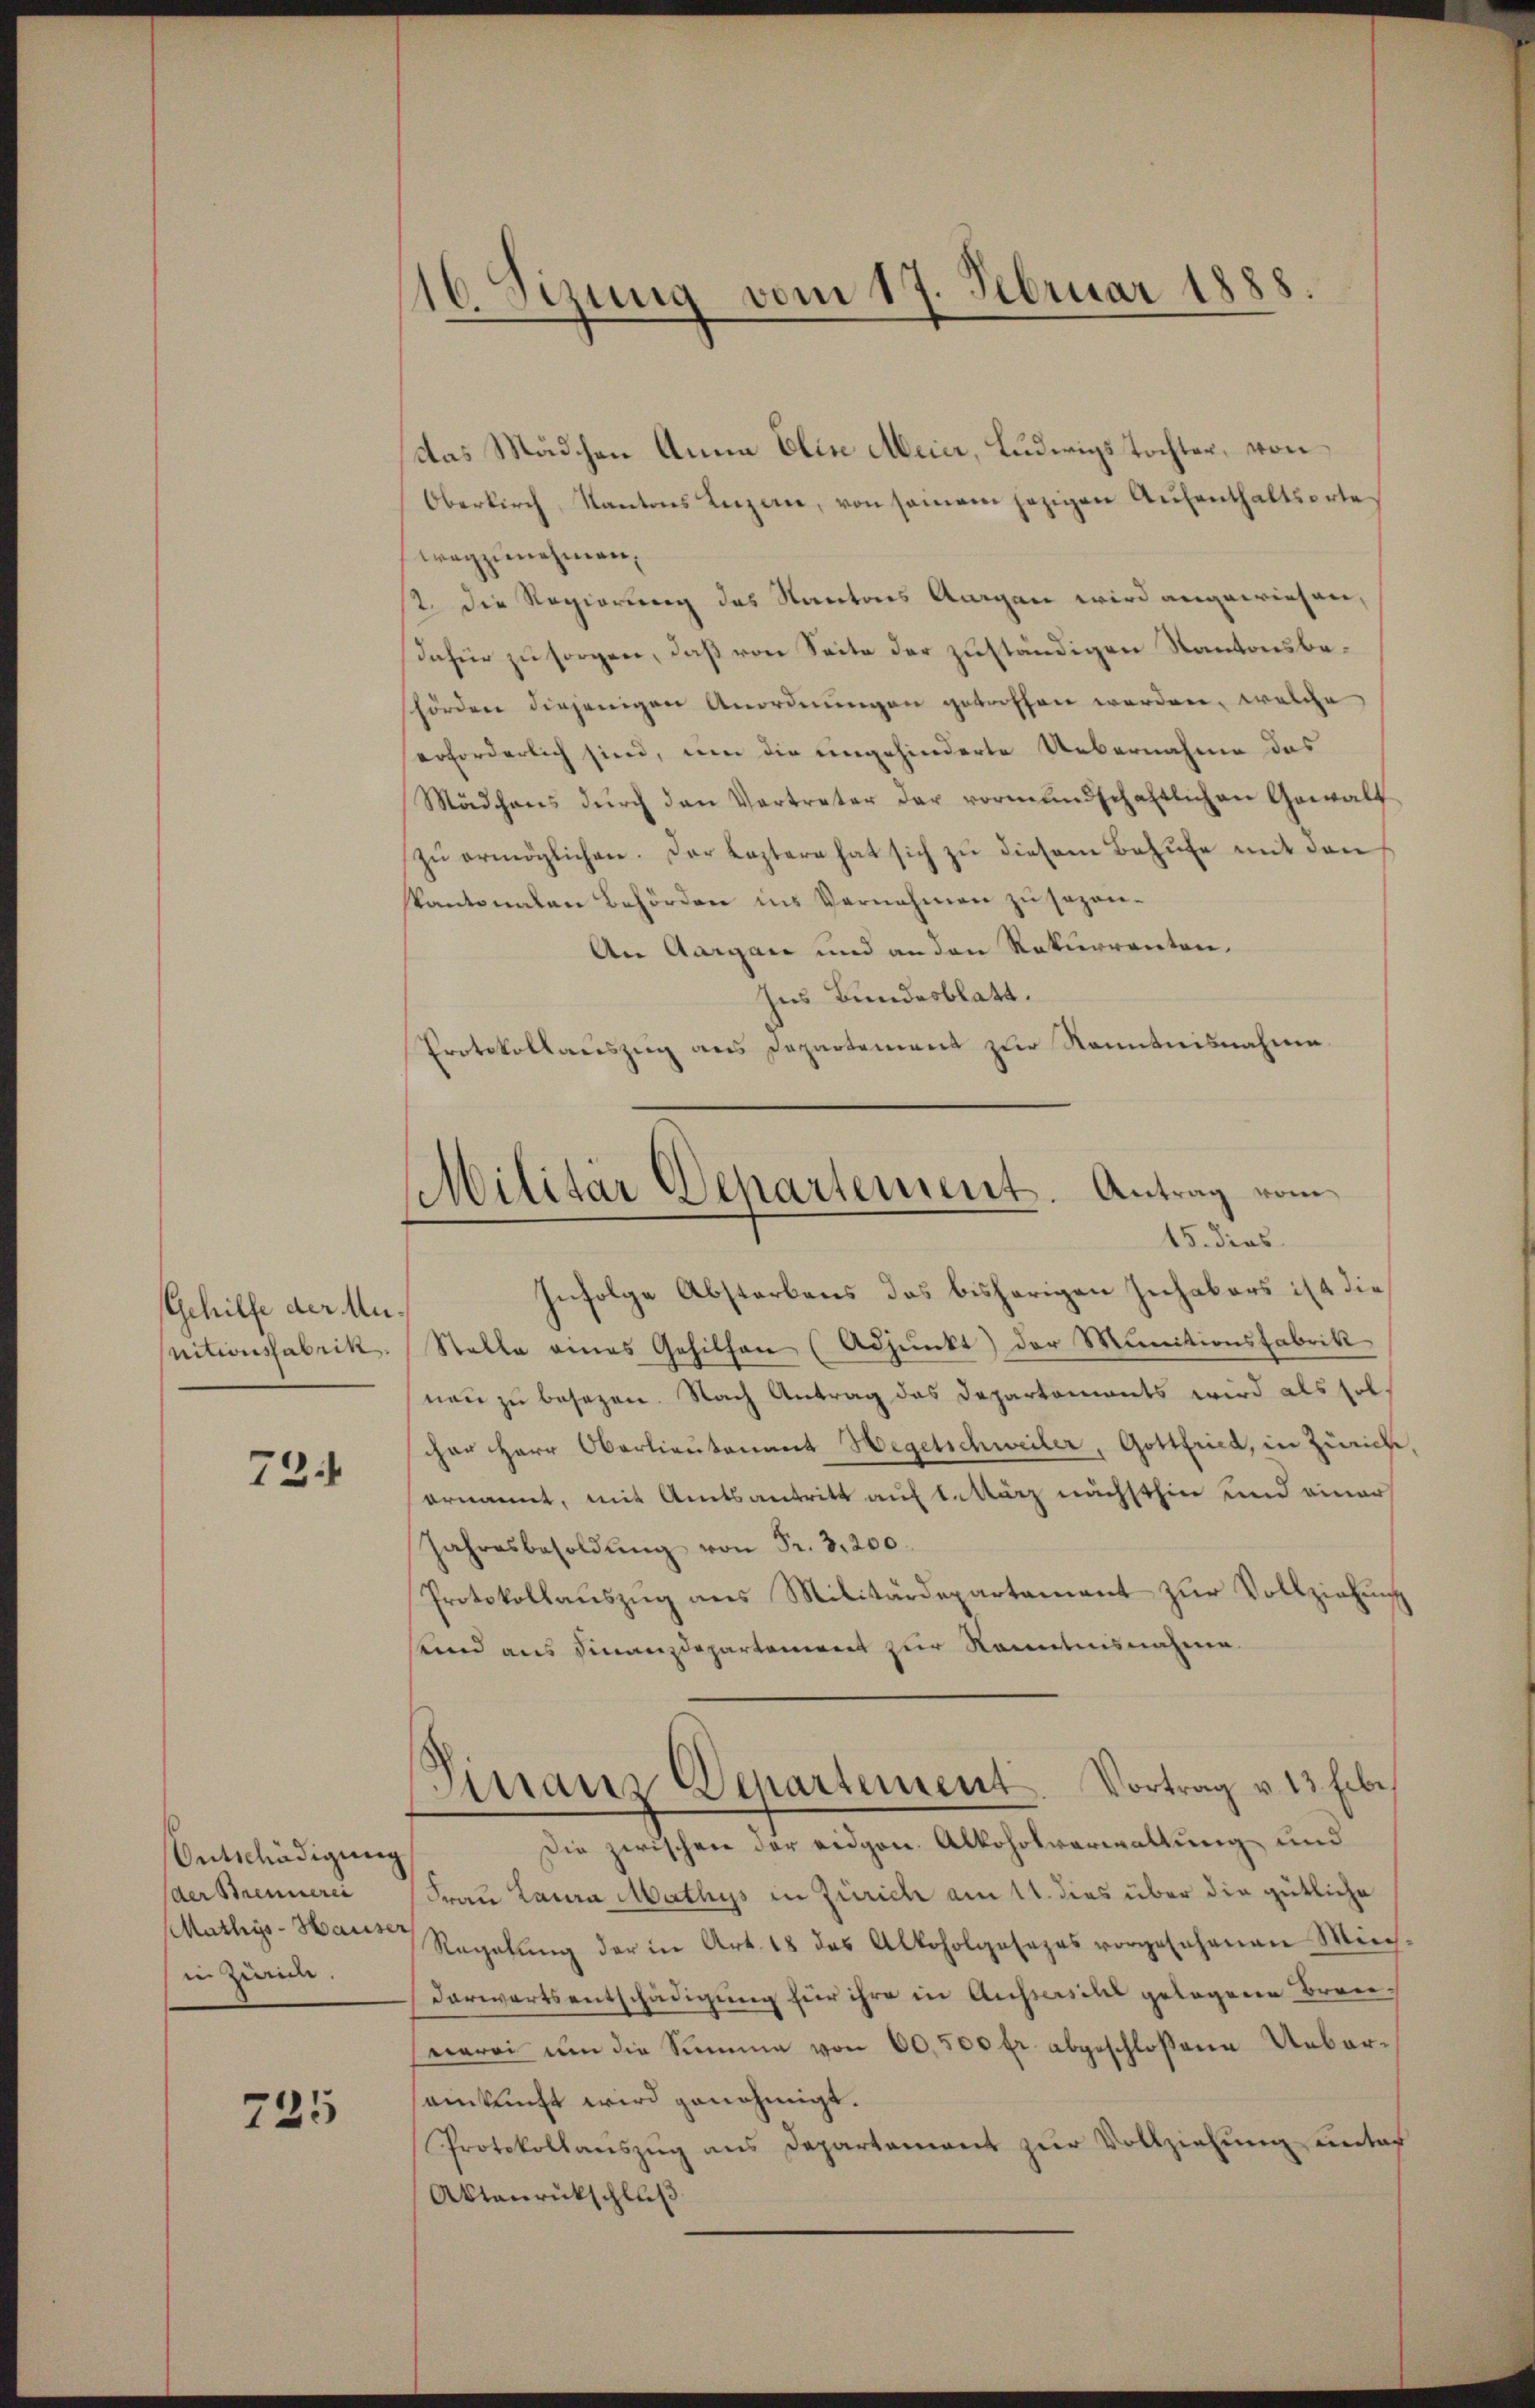
Gehilfe der Mu
nitionsfabrik

72.

Ontschädigung
der Brennerei
Mathys-Hauser
in Zürich.

725

16. Sizung vom 17. Februar 1888.

das Mädchen Anna Elise Meier, Ludwigs Tochter, von
Oberkirch, Kantons Luzern, von samem jezigen Aŭfenthaltsorte
wegzunehmen,
st. Die Regierung des Kantons Aargau wird angewiesen,
dafür zu sorgen, daß von Seite der zuständigen Kantonsbehörden diejenigen Anordnungen getroffen werden, welche
erforderlich sind, um die eingehinderte Uebernahme das
Mädchens dŭrch den Vertreter der vormundschaftlichen Gewalt
zŭ ermöglichen. Der Leztere hat sich zu diesem Behufe mit den
Kantonalen Behörden ins Vernehmen zu sezen-
An Aargau und an den Rekurrenten.
Ins Bundesblatt.
Protokollauszug aus Departement zur Kenntnisnahme

Militär Departement. Antrag vom
15. dies

Infolge Abstorbens das bisherigen Inhabers ist die
Stelle eines Gehilfen (Adjunkt) der Munitionsfabrik
nen zu besezen. Nach Antrag das Departements wird als solcher Herr Oberlieutenant Hegetschweiler, Gottfried, in Zürich
ernannt, mit Amtsantritt auf 1. März nächsthier und einer
Jahresbesoldŭng von Fr. 3200.
Protokollaŭszŭg ans Militärdepartement zur Vollziehung
unnd aus Finanzdepartement zur Kenntnisnahme
Finanz Departement. Vortrag v. 13. Febr.
Die zwischen der eidgen. Alkoholverwaltung und
Frau Laura Mathys in Zürich am 11. dies über die gütliche
Regelŭng der in Art. 18 das Alkoholgesezes vorgesehenen Mich-
Vorwortsentschädigung für ihre in Aussersihl gelegene Brannerei um die Summe von 60,500 fr. abgeschloßene Uebereinkunft wird genehmigt.
Protokollaŭszŭg ans Departement zŭr Vollziehung untaf
Aktanrückschluß